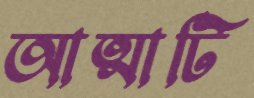
আত্মাটি